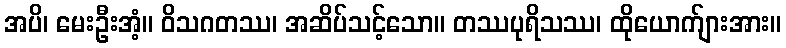
အပိ၊ မေးဦးအံ့။ ဝိသဂတဿ၊ အဆိပ်သင့်သော။ တဿပုရိသဿ၊ ထိုယောက်ျားအား။